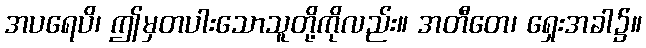
အပရေပိ၊ ဤမှတပါးသောသူတို့ကိုလည်း။ အတီတေ၊ ရှေးအခါ၌။